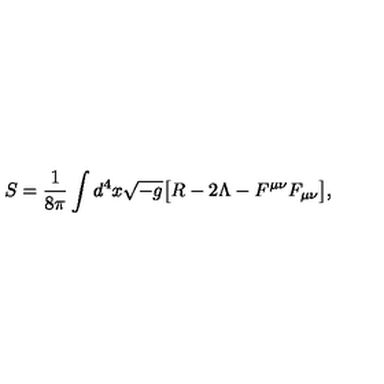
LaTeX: S = \frac { 1 } { 8 \pi } \int d ^ { 4 } x \sqrt { - g } { \bigl [ } R - 2 \Lambda - F ^ { \mu \nu } F _ { \mu \nu } { \bigr ] } ,